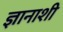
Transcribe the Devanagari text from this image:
ज्ञानाशी